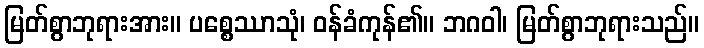
မြတ်စွာဘုရားအား။ ပစ္စေဿာသုံ၊ ဝန်ခံကုန်၏။ ဘဂဝါ၊ မြတ်စွာဘုရားသည်။